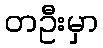
တဦးမှာ